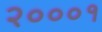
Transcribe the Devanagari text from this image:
२०००१